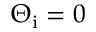
\Theta _ { \mathrm { i } } = 0